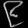
Digit: ၉